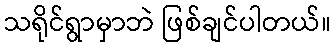
သရိုင်ရွာမှာဘဲ ဖြစ်ချင်ပါတယ်။